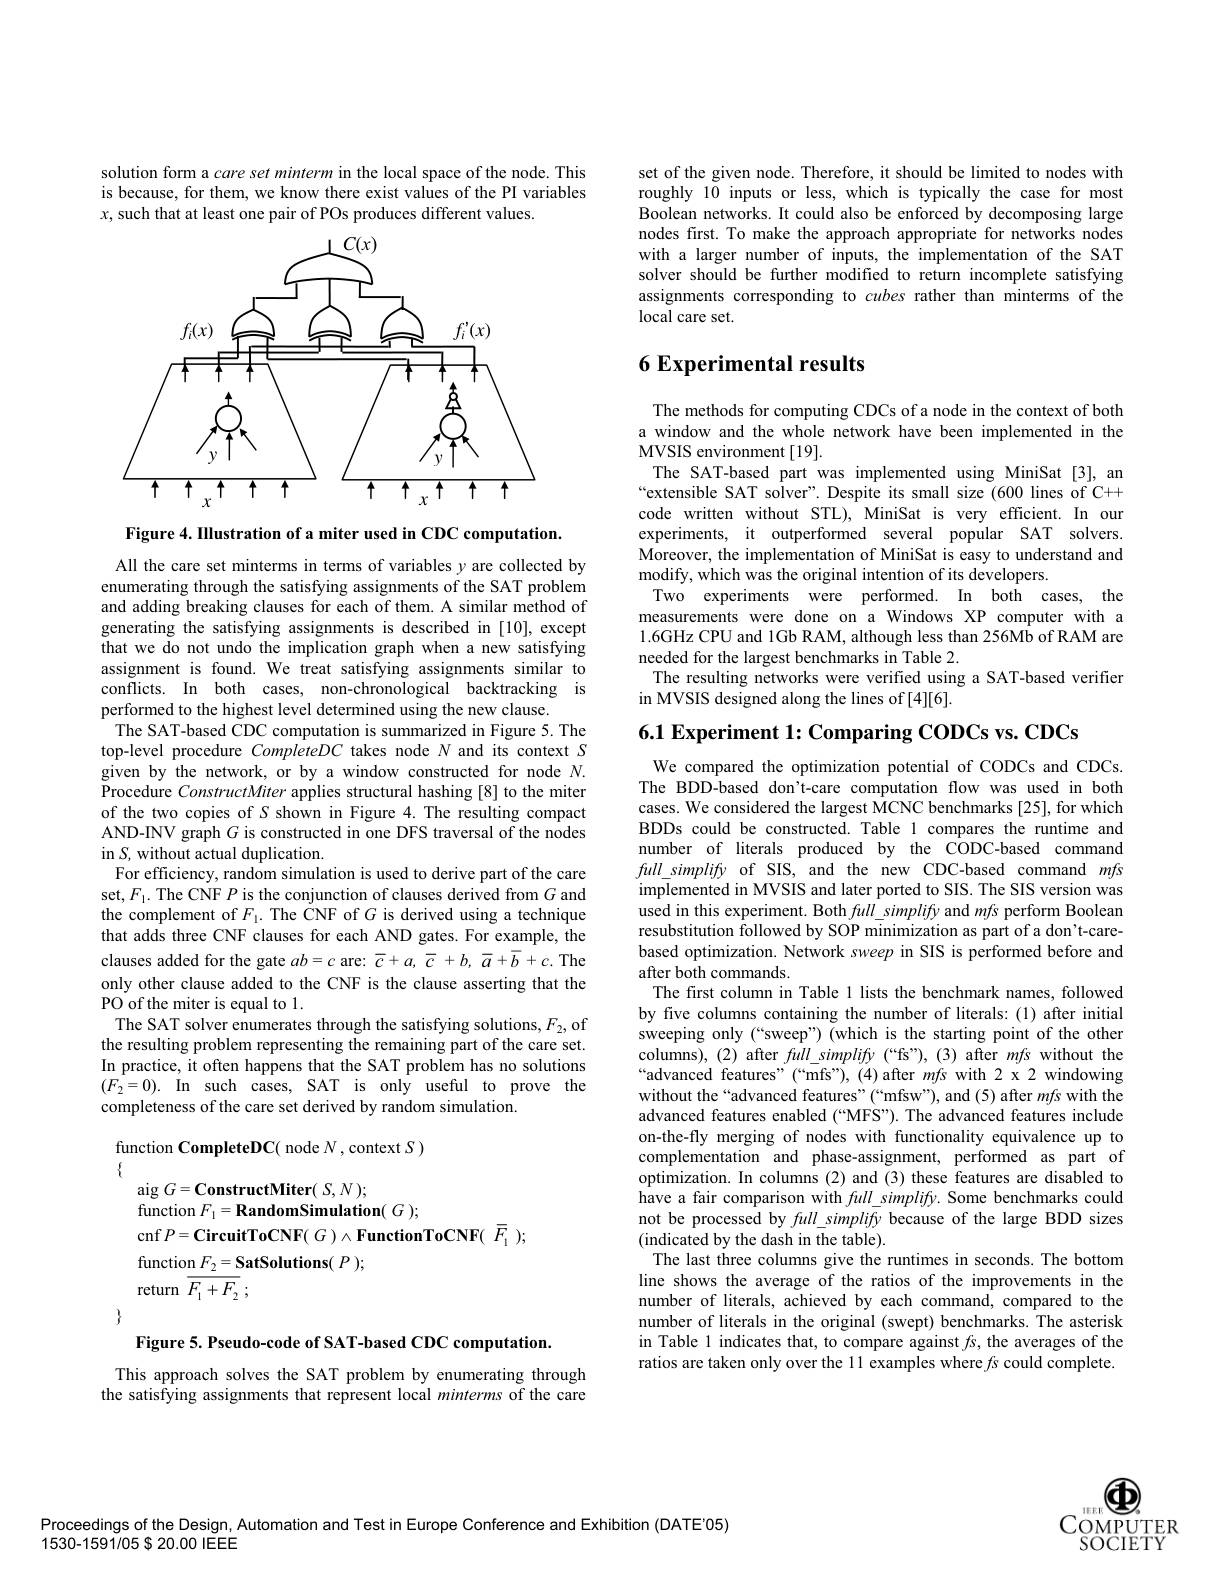
solution form a care set minterm in the local space of the node. This is because, for them, we know there exist values of the PI variables $x$, such that at least one pair of POs produces different values.

<FigureHere>

Figure 4. IIlustration of a miter used in CDC computation.
All the care set minterms in terms of variables $y$ are collected by enumerating through the satisfying assignments of the SAT problem and adding breaking clauses for each of them. A similar method of generating the satisfying assignments is described in [10], except that we do not undo the implication graph when a new satisfying assignment is found. We treat satisfying assignments similar to conflicts. In both cases, non-chronological backtracking is performed to the highest level determined using the new clause.
The SAT-based CDC computation is summarized in Figure 5. The top-level procedure CompleteDC takes node $N$ and its context S given by the network, or by a window constructed for node $N.$ $\bar{\text{Procedure }ConstructMiter}$ applies structural hashing[8] to the miter of the two copies of $S$ shown in Figure 4.The resulting compact AND-INV graph $G$ is constructed in one DFS traversal of the nodes in $S$, without actual duplication.
For efficiency, random simulation is used to derive part of the care set, $F_{\mathrm{l}}.$ The CNF $P$ is the conjunction of clauses derived from $G$ and the complement of $F_{1}.$ The CNF of $G$ is derived using a technique that adds three CNF clauses for each AND gates. For example, the clauses added for the gate $ab=c$ are: $\overline{c}+a,\overline{c}+b,\overline{a}+\overline{b}+c.$ The only other clause added to the CNF is the clause asserting that the PO of the miter is equal to 1.
The SAT solver enumerates through the satisfying solutions, $F_2$,of the resulting problem representing the remaining part of the care set. In practice, it often happens that the SAT problem has no solutions $( F_{2}= 0) .$ In such cases, SAT is only useful to prove the completeness of the care set derived by random simulation.

function CompleteDC( node $N$,context $S)$
$\{$
aig $G=$ConstructMiter( S,N);
function $F_{\mathrm{l} }= \mathbf{RandomSimulation}( G) ;$
cnf $P= \textbf{CircuitToCNF}( G) \land \textbf{FunctionToCNF}( \begin{array} { c } \overline {F}_{1}\end{array} ) ;$
function $F_2= \textbf{SatSolutions( }P) ;$
return $\overline {F_1+ F_2}$ ;

$\}$

Figure 5. Pseudo-code of SAT-based CDC computation.

This approach solves the SAT problem by enumerating through the satisfying assignments that represent local minterms of the care

set of the given node. Therefore, it should be limited to nodes with roughly 10 inputs or less, which is typically the case for most Boolean networks. It could also be enforced by decomposing large nodes first. To make the approach appropriate for networks nodes with a larger number of inputs, the implementation of the SAT solver should be further modified to return incomplete satisfying assignments corresponding to cubes rather than minterms of the local care set.

# 6 Experimental results

The methods for computing CDCs of a node in the context of both a window and the whole network have been implemented in the MVSIS environment [19].
The SAT-based part was implemented using MiniSat[3], an “extensible SAT solver". Despite its small size (600 lines of C+ code written without STL), MiniSat is very efficient. In our experiments, it outperformed several popular SAT solvers Moreover, the implementation of MiniSat is easy to understand and modify, which was the original intention of its developers.
Two experiments were performed. In both cases, the measurements were done on a Windows XP computer with a 1.6GHz CPU and 1Gb RAM, although less than 256Mb of RAM are needed for the largest benchmarks in Table 2.
The resulting networks were verified using a SAT-based verifier
in MVSIS designed along the lines of [4][6].

6.1 Experiment 1:Comparing CODCs vs. CDCs

We compared the optimization potential of CODCs and CDCs The BDD-based don't-care computation flow was used in both cases. We considered the largest MCNC benchmarks [25], for which BDDs could be constructed. Table 1 compares the runtime and number of literals produced by the CODC-based command $full\_simplify$ of SIS, and the new CDC-based command mfs $\bar{\text{implemented in MVSIS and later ported to SIS. The SIS version was}}$ used in this experiment. Both $full\_simplify$ and mfs perform Boolean resubstitution followed by SOP minimization as part of a don't-carebased optimization. Network sweep in SIS is performed before and after both commands.
The first column in Table 1 lists the benchmark names, followed by five columns containing the number of literals: (1) after initial sweeping only (“sweep”) (which is the starting point of the other columns), (2) after full simplify (“fs”), (3) after mfs without the “advanced features" (“mfs”), (4) after mfs with 2 x2 windowing without the“advanced features”(“mfsw"), and(5) after mfs with the advanced features enabled (“MFS”). The advanced features include on-the-fly merging of nodes with functionality equivalence up to complementation and phase-assignment, performed as part of optimization. In columns (2) and (3) these features are disabled to have a fair comparison with $full\_simplify.$ Some benchmarks could not be processed by full\_simplify because of the large BDD sizes (indicated by the dash in the table).
The last three columns give the runtimes in seconds. The bottom line shows the average of the ratios of the improvements in the number of literals, achieved by each command, compared to the number of literals in the original (swept) benchmarks. The asterisk in Table 1 indicates that, to compare against $fs$, the averages of the ratios are taken only over the 11 examples where $fs$ could complete.

$\textcircled{15}\textcircled{1}\textcircled{1}$
COMPUTER SOCIETY

Proceedings of the Design, Automation and Test in Europe Conference and Exhibition (DATE'05)
$1530-1591/05\$20.00$ IEEE